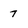
Character: 7